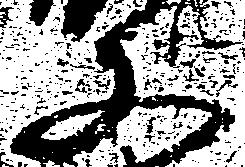
又